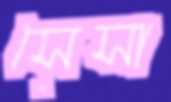
সেসা